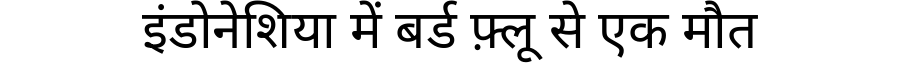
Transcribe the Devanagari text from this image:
इंडोनेशिया में बर्ड फ़्लू से एक मौत